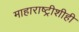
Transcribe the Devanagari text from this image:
माहाराष्ट्रीशीही